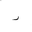
Letter: _ra